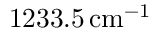
1 2 3 3 . 5 \, \mathrm { c m } ^ { - 1 }